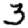
Digit: 3